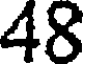
48